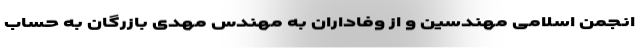
انجمن اسلامی مهندسین و از وفاداران به مهندس مهدی بازرگان به حساب